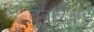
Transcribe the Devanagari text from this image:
बनाई।ई